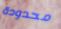
محدودة